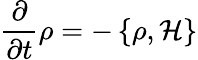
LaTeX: {\frac{\partial}{\partial t}}\rho=-\left\{ \rho,{\mathcal{H}}\right\}